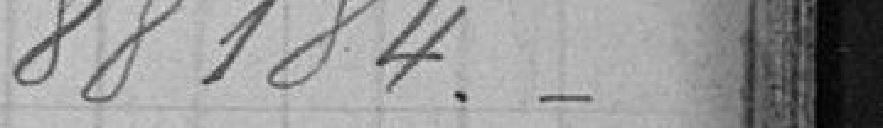
88184.